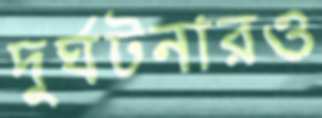
দুর্ঘটনারও